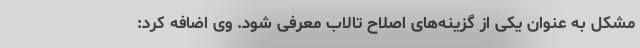
مشکل به عنوان یکی از گزینه‌های اصلاح تالاب معرفی شود. وی اضافه کرد: